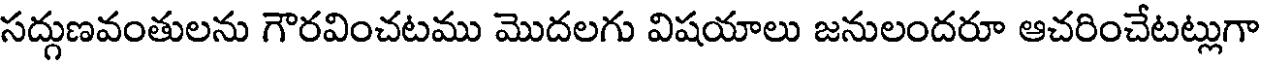
సద్గుణవంతులను గౌరవించటము మొదలగు విషయాలు జనులందరూ ఆచరించేటట్లుగా